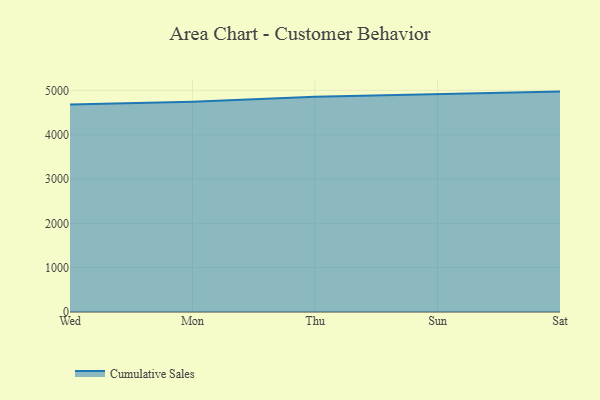
{"axis": {"x": "Day", "y": "Churn Rate (%)"}, "legend": ["Cumulative Sales"], "data": [{"x": "Wed", "y": 4679.8, "type": "Cumulative Sales"}, {"x": "Mon", "y": 4743.2, "type": "Cumulative Sales"}, {"x": "Thu", "y": 4856.6, "type": "Cumulative Sales"}, {"x": "Sun", "y": 4910.4, "type": "Cumulative Sales"}, {"x": "Sat", "y": 4972.0, "type": "Cumulative Sales"}]}